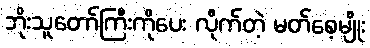
ဘိုးသူတော်ကြီးကိုပေး လိုက်တဲ့ မတ်စေ့မျိုး